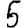
Digit: 5